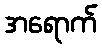
အရောက်